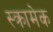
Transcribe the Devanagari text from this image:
स्क्रामेक